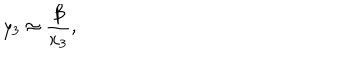
LaTeX: y _ { 3 } \approx { \frac { \beta } { x _ { 3 } } } ,